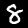
Label: 8